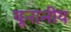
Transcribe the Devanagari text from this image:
यूनानीय